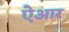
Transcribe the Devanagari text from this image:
ऐआर